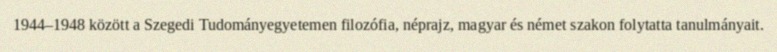
1944–1948 között a Szegedi Tudományegyetemen filozófia, néprajz, magyar és német szakon folytatta tanulmányait.